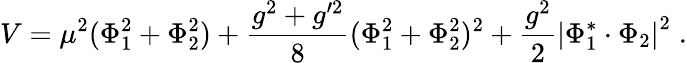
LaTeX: V=\mu^{2}(\Phi_{1}^{2}+\Phi_{2}^{2})+\frac{g^{2}+g^{\prime 2}}{8}(\Phi_{1}^{2}+\Phi_{2}^{2})^{2}+\frac{g^{2}}{2}\left|\Phi_{1}^{*}\cdot\Phi_{2}\right|^{2}\; .